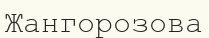
Жангорозова